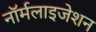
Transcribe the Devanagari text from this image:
नॉर्मलाइजेशन